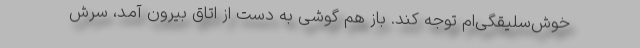
خوش‌سلیقگی‌ام توجه کند. باز هم گوشی به دست از اتاق بیرون آمد، سرش